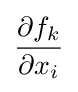
{\frac {\partial f_{k}}{\partial x_{i}}}